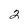
Character: 2